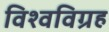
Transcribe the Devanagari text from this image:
विश्वविग्रह